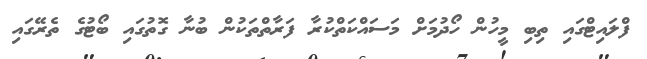
ފްލައިޓްގައި ތިބި މީހުން ހޯދުމަށް މަސައްކަތްކުރާ ފަރާތްތަކުން ބުނާ ގޮތުގައި ބޯޓުގެ ތެރޭގައި